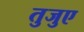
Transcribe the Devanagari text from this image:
तुजुए